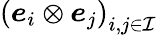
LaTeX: \left(\boldsymbol{e}_{i}\otimes\boldsymbol{e}_{j}\right)_{i,j\in\mathcal{I}}